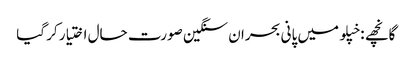
گانچھے : خپلو میں پانی بحران سنگین صورت حال اختیار کر گیا